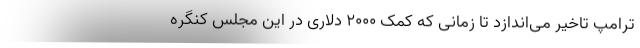
ترامپ تاخیر می‌اندازد تا زمانی که کمک ۲۰۰۰ دلاری در این مجلس کنگره